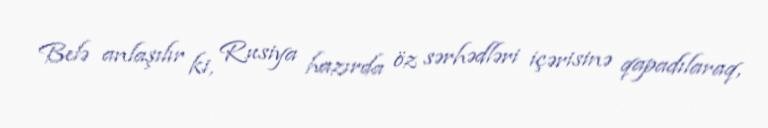
Belə anlaşılır ki, Rusiya hazırda öz sərhədləri içərisinə qapadılaraq,